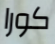
كورا